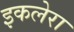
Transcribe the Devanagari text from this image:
इकलेरा